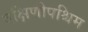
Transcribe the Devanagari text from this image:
दक्षिणीपश्चिम